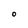
Character: 0